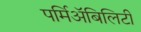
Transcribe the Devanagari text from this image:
पर्मिअॅबिलिटी